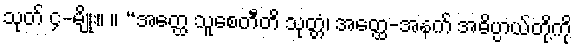
သုတ် ၄-မျိုး။ ။ “အတ္ထေ သူစေတီတိ သုတ္တံ၊ အတ္ထေ-အနက် အဓိပ္ပာယ်တို့ကို